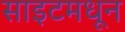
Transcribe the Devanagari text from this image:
साइटमधून